Vaccination North-Western Provinces and Oudh 1878-1895 - 1878-1895
Year: 1878
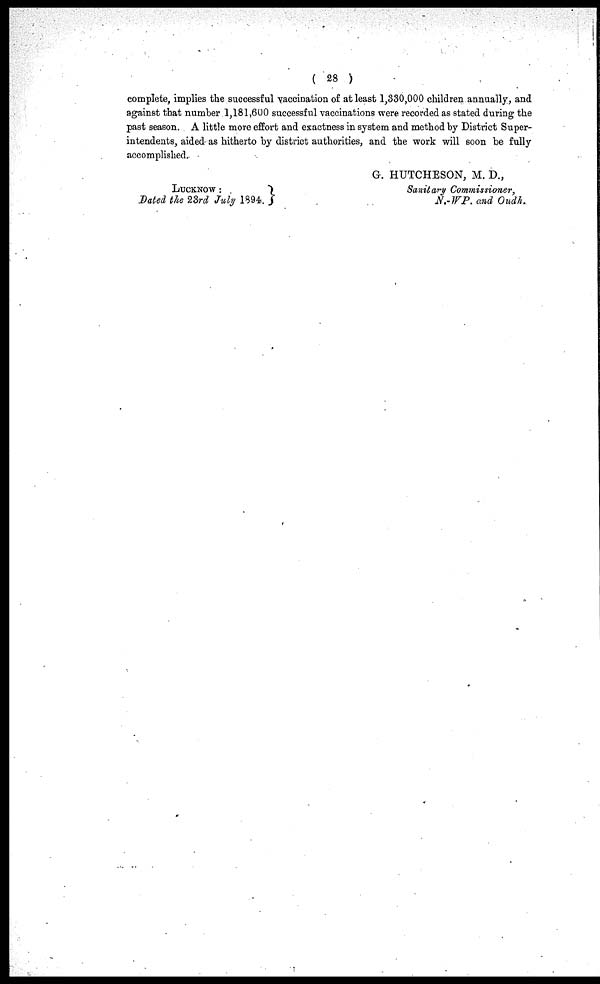
( 28 )
complete, implies the successful vaccination of at least 1,330,000 children annually, and
against that number 1,181,600 successful vaccinations were recorded as stated during the
past season. A little more effort and exactness in system and method by District Super-
intendents, aided as hitherto by district authorities, and the work will soon be fully
accomplished.
LUCKNOW :
Dated the 23rd July 1894.
G. HUTCHESON, M. D.,
Sanitary Commissioner,
N.-WP. and Oudh.